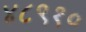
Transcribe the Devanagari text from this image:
४८९१०